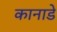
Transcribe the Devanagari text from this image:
कानाडे